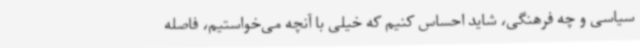
سیاسی و چه فرهنگی، شاید احساس کنیم که خیلی با آنچه می‌خواستیم، فاصله